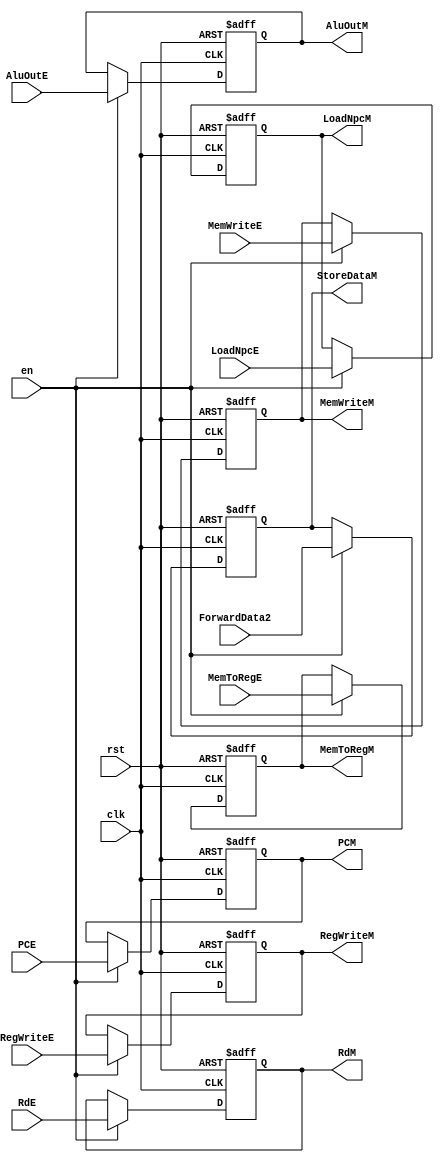
module MEMSegReg(
    input wire clk,
    input wire rst,
    input wire en,
    //
    input wire [31:0] AluOutE,
    output reg [31:0] AluOutM, 
    input wire [31:0] ForwardData2,
    output reg [31:0] StoreDataM, 
    input wire [4:0] RdE,
    output reg [4:0] RdM,
    input wire [31:0] PCE,
    output reg [31:0] PCM,
    //
    input wire [2:0] RegWriteE,
    output reg [2:0] RegWriteM,
    input wire MemToRegE,
    output reg MemToRegM,
    input wire [3:0] MemWriteE,
    output reg [3:0] MemWriteM,
    input wire LoadNpcE,
    output reg LoadNpcM
    );
    //
    always@(posedge clk or posedge rst)
    begin
        if(rst)
        begin
            AluOutM<=32'b0;
            StoreDataM<=32'b0;
            RdM<=5'b0;
            PCM<=32'b0;
            RegWriteM<=1'b0;
            MemToRegM<=1'b0;
            MemWriteM<=1'b0;
            LoadNpcM<=1'b0;   
        end
        else if(en)
        begin
        //
            AluOutM<=AluOutE;
            StoreDataM<=ForwardData2;
            RdM<=RdE;
            PCM<=PCE;
            RegWriteM<=RegWriteE;
            MemToRegM<=MemToRegE;
            MemWriteM<=MemWriteE;
            LoadNpcM<=LoadNpcE;
        end
    end
    
endmodule